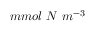
m m o l ~ N ~ m ^ { - 3 }